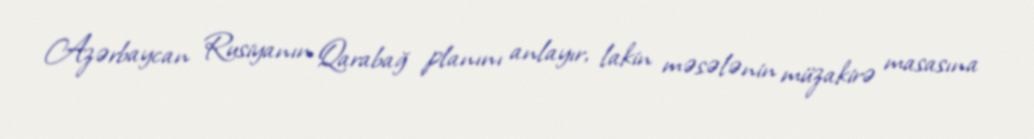
Azərbaycan Rusiyanın Qarabağ planını anlayır, lakin məsələnin müzakirə masasına